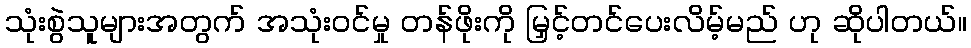
သုံးစွဲသူများအတွက် အသုံးဝင်မှု တန်ဖိုးကို မြှင့်တင်ပေးလိမ့်မည် ဟု ဆိုပါတယ်။